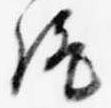
統